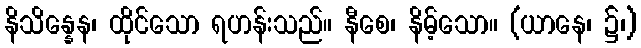
နိသိန္နေန၊ ထိုင်သော ရဟန်းသည်။ နီစေ၊ နိမ့်သော။ (ယာနေ၊ ၌၊)